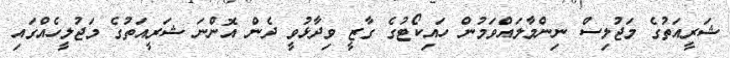
ޝަރީއަތުގެ މަޖުލިސް ނިންމާލައްވަމުން ހައިކޯޓުގެ ގާޒީ ވިދާޅުވީ ދެން އޮންނަ ޝަރީއަތުގެ މަޖުލީހެއްގައި